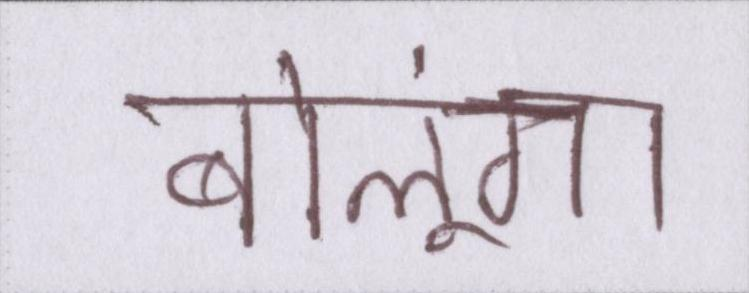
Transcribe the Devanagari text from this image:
बोलूंगा